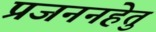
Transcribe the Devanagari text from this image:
प्रजननहेतु